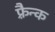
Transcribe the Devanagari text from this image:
फ़्रैन्क